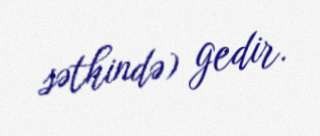
səthində) gedir.